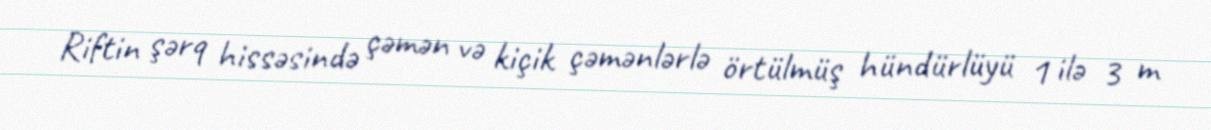
Riftin şərq hissəsində çəmən və kiçik çəmənlərlə örtülmüş hündürlüyü 1 ilə 3 m